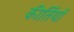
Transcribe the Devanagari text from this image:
कीर्तियों